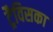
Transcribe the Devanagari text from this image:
ट्रैविसका